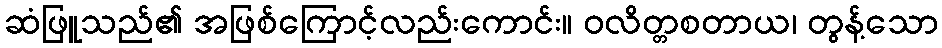
ဆံဖြူသည်၏ အဖြစ်ကြောင့်လည်းကောင်း။ ဝလိတ္တစတာယ၊ တွန့်သော